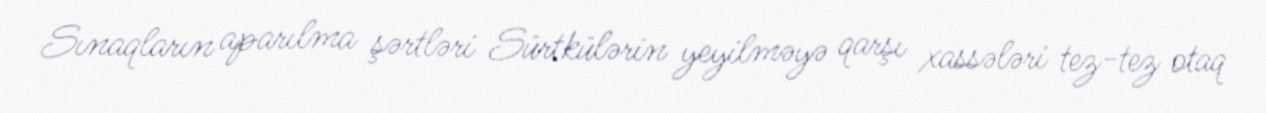
Sınaqların aparılma şərtləri Sürtkülərin yeyilməyə qarşı xassələri tez-tez otaq